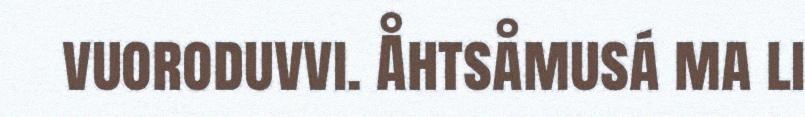
vuoroduvvi. Åhtsåmusá ma li